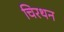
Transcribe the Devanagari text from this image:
चिरथन